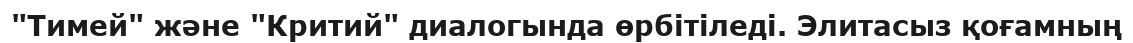
"Тимей" және "Критий" диалогында өрбітіледі. Элитасыз қоғамның